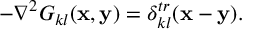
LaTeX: - \nabla ^ { 2 } G _ { k l } ( { \bf x } , { \bf y } ) = \delta _ { k l } ^ { t r } ( { \bf x } - { \bf y } ) .